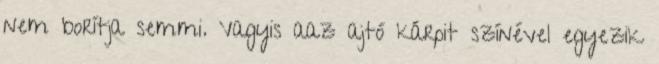
nem borítja semmi. Vagyis aaz ajtó kárpit színével egyezik